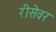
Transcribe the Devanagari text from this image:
रीसेवर